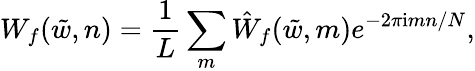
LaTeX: W_{f}(\tilde{w},n)=\frac{1}{L}\sum_{m}\hat{W}_{f}(\tilde{w},m)e^{-2\pi\mathrm{i}mn/N},